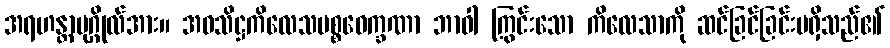
အရဟန္တာပုဂ္ဂိုလ်အား။ အဝသိဋ္ဌကိလေသပစ္စဝေက္ခဏာ ဘာဝါ ကြွင်းသော ကိလေသာကို ဆင်ခြင်ခြင်းမရှိသည်၏